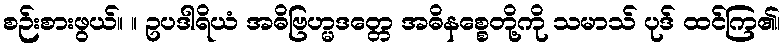
စဉ်းစားဖွယ်။ ။ ဥပဒါရိယံ အဓိဗြဟ္မဒတ္တေ အဓိနစ္စေတို့ကို သမာသ် ပုဒ် ထင်ကြ၏၊